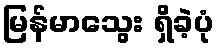
မြန်မာသွေး ရှိခဲ့ပုံ